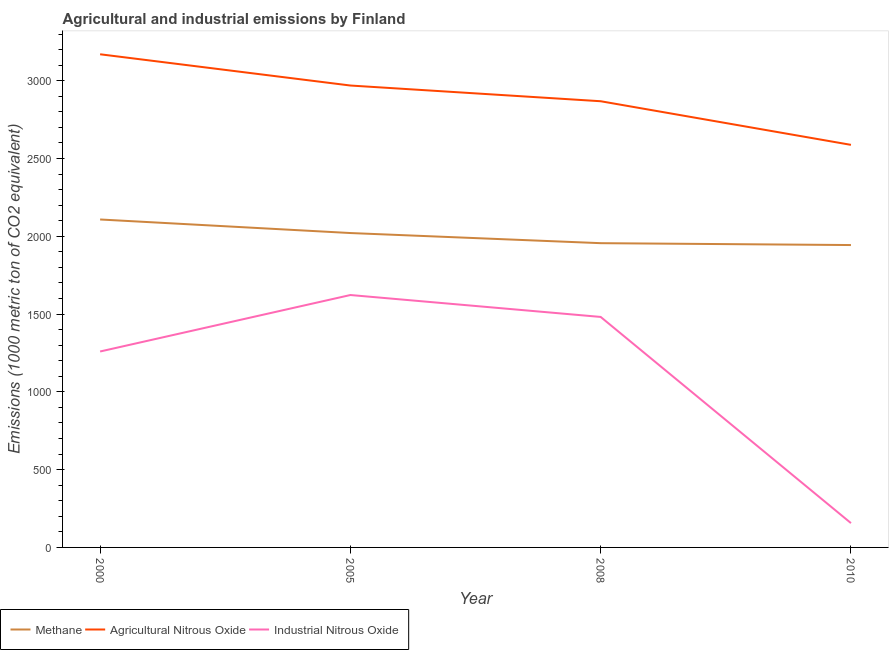
| Year | Methane | Agricultural Nitrous Oxide | Industrial Nitrous Oxide |
 | --- | --- | --- | --- |
 | 2000 | 2.11e+03 | 3.17e+03 | 1.26e+03 |
 | 2005 | 2.02e+03 | 2.97e+03 | 1.62e+03 |
 | 2008 | 1.96e+03 | 2.87e+03 | 1.48e+03 |
 | 2010 | 1.94e+03 | 2.59e+03 | 156 |